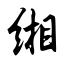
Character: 缃